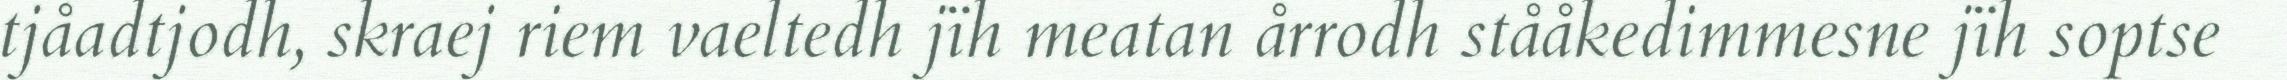
tjåadtjodh, skraej riem vaeltedh jïh meatan årrodh stååkedimmesne jïh soptse